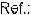
REF: